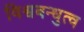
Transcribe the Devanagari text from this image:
विश्वबन्धुत्व